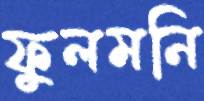
ফুলমনি